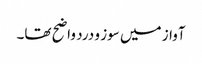
آواز میں سوز و درد واضح تھا۔